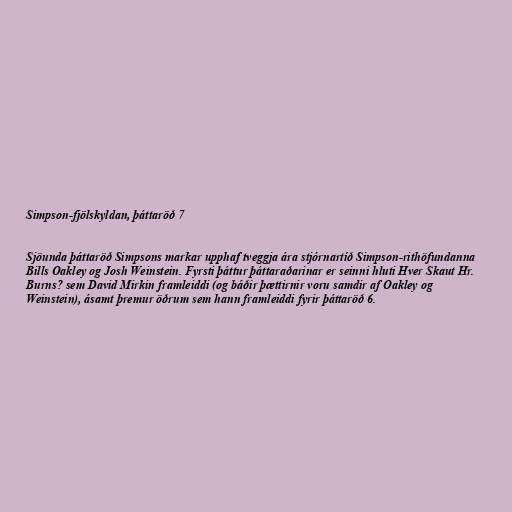
Simpson-fjölskyldan, þáttaröð 7

Sjöunda þáttaröð Simpsons markar upphaf tveggja ára stjórnartíð Simpson-rithöfundanna
Bills Oakley og Josh Weinstein. Fyrsti þáttur þáttaraðarinar er seinni hluti Hver Skaut Hr.
Burns? sem David Mirkin framleiddi (og báðir þættirnir voru samdir af Oakley og
Weinstein), ásamt þremur öðrum sem hann framleiddi fyrir þáttaröð 6.